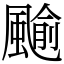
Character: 䬔